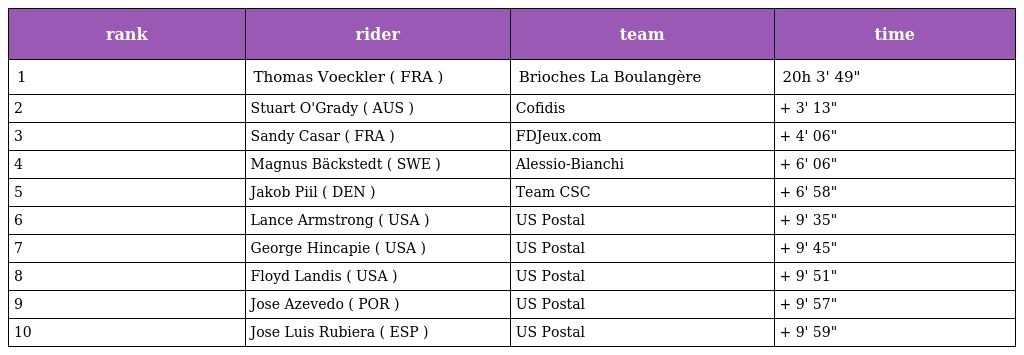
| rank | rider | team | time |
 | --- | --- | --- | --- |
 | 1 | Thomas Voeckler ( FRA ) | Brioches La Boulangère | 20h 3' 49" |
 | 2 | Stuart O'Grady ( AUS ) | Cofidis | + 3' 13" |
 | 3 | Sandy Casar ( FRA ) | FDJeux.com | + 4' 06" |
 | 4 | Magnus Bäckstedt ( SWE ) | Alessio-Bianchi | + 6' 06" |
 | 5 | Jakob Piil ( DEN ) | Team CSC | + 6' 58" |
 | 6 | Lance Armstrong ( USA ) | US Postal | + 9' 35" |
 | 7 | George Hincapie ( USA ) | US Postal | + 9' 45" |
 | 8 | Floyd Landis ( USA ) | US Postal | + 9' 51" |
 | 9 | Jose Azevedo ( POR ) | US Postal | + 9' 57" |
 | 10 | Jose Luis Rubiera ( ESP ) | US Postal | + 9' 59" |